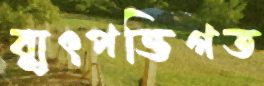
ব্যুৎপত্তিগত